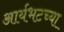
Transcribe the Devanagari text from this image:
आर्यभटच्या